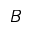
B